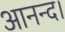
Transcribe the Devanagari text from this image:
आनन्द।